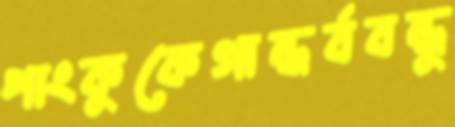
পাংকুকেগান্ধর্ববন্ধু